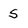
Character: S